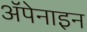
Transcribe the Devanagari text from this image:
ॲपेनाइन